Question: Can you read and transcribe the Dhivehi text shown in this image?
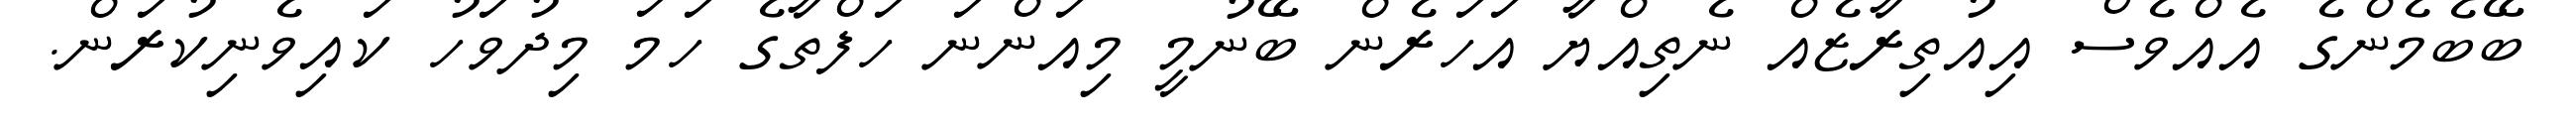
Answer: ބޭބެމެންގެ އެއްވެސް އިއުތިރާޒެއް ނެތިއްޔާ އަހަރެން ބޭނުމީ މިއަންނަ ހަފްތާގެ ހަމަ މިދުވަހު ކައިވެނިކުރަން.